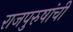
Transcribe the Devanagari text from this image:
राजपुरुषांची